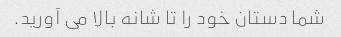
شما دستان خود را تا شانه بالا می آورید.